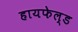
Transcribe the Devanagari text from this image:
हायफेल्ड